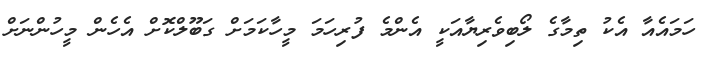
ހަމައެއާ އެކު ތިމާގެ ލޯބިވެރިޔާއަކީ އެންމެ ފުރިހަމަ މީހާކަމަށް ގަބޫލްކޮށް އެހެން މީހުންނަށް